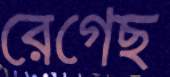
রেগেছ